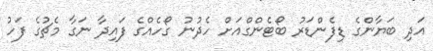
އަދި ބަޔާންގެ ޑިފެންޑަރު ބޯޓެންގްއަށް ހެދުނު ގޯހެއްގެ ފައިދާ ނަގާ މެޗުގެ ފަހު